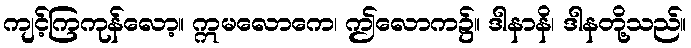
ကျင့်ကြကုန်လော့။ ဣမလောကေ၊ ဤလောက၌။ ဒါနာနိ၊ ဒါနတို့သည်။